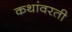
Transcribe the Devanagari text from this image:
कथांवरती